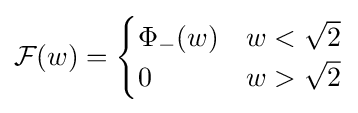
{\mathcal {F}}(w)={\begin{cases}\Phi _{-}(w)&w<{\sqrt {2}}\\0&w>{\sqrt {2}}\end{cases}}